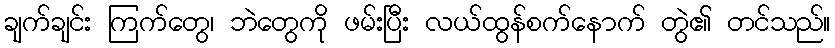
ချက်ချင်း ကြက်တွေ၊ ဘဲတွေကို ဖမ်းပြီး လယ်ထွန်စက်နောက် တွဲ၏ တင်သည်။